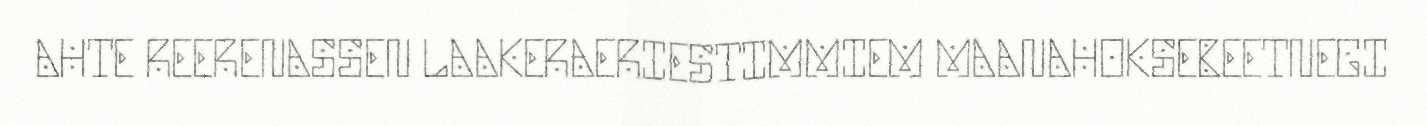
AHTE REERENASSEN LAAKERAERIESTIMMIEM MAANAHOKSEBEETNEGI